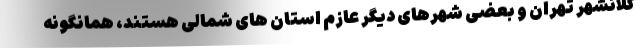
کلانشهر تهران و بعضی شهرهای دیگر عازم استان های شمالی هستند، همانگونه